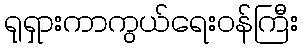
ရုရှားကာကွယ်ရေးဝန်ကြီး